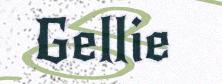
Gellie